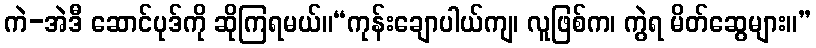
ကဲ-အဲဒီ ဆောင်ပုဒ်ကို ဆိုကြရမယ်။“ကုန်းချောပါယ်ကျ၊ လူဖြစ်က၊ ကွဲရ မိတ်ဆွေများ။”